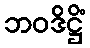
ဘဝဒိဋ္ဌိံ